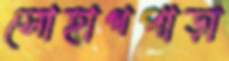
সোহাগপাড়া